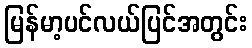
မြန်မာ့ပင်လယ်ပြင်အတွင်း